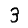
Digit: 3